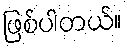
ဖြစ်ပါတယ်။